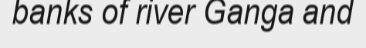
banks of river Ganga and